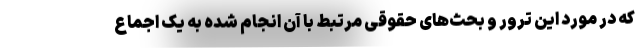
که در مورد این ترور و بحث‌های حقوقی مرتبط با آن انجام شده به یک اجماع